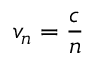
v _ { n } = { \frac { c } { n } }